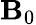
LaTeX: \boldsymbol{\mathbf{B}}_{0}